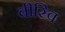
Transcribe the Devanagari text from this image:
बीस्वि